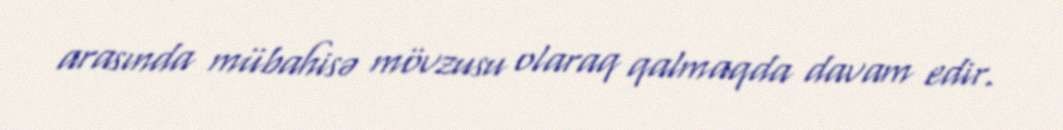
arasında mübahisə mövzusu olaraq qalmaqda davam edir.